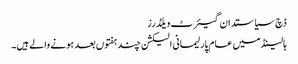
ڈچ سیاستدان گیئرٹ ویلڈرز
ہالینڈ میں عام پارلیمانی الیکشن چند ہفتوں بعد ہونے والے ہیں۔